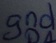
Text: gnd